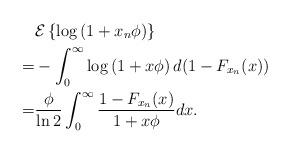
LaTeX: \begin{align*}&\mathcal{E}\left\{\log \left(1+x_n\phi \right) \right\}\\ =&- \int^{\infty}_{0}\log \left(1+x\phi \right) d (1-F_{x_n}(x))\\ =&\frac{\phi}{\ln 2}\int^{\infty}_{0} \frac{1-F_{x_n}(x)}{1+x\phi}dx.\end{align*}